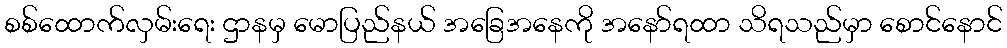
စစ်ထောက်လှမ်းရေး ဌာနမှ မောပြည်နယ် အခြေအနေကို အနော်ရထာ သိရသည်မှာ စောင်နောင်